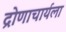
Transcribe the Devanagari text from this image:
द्रोणाचार्यला